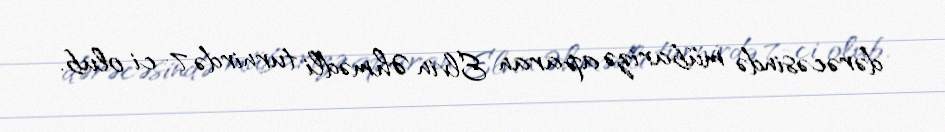
dərəcəsində mübarizə aparan Elvin Əhmədli turnirdə 7-ci olub.